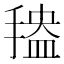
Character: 𱠡